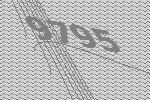
9795